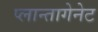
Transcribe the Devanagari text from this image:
प्लान्तागेनेट